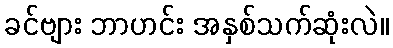
ခင်ဗျား ဘာဟင်း အနှစ်သက်ဆုံးလဲ။